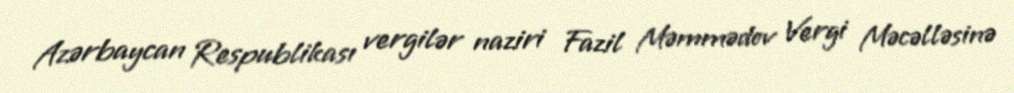
Azərbaycan Respublikası vergilər naziri Fazil Məmmədov Vergi Məcəlləsinə